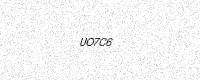
Text: UO7C6